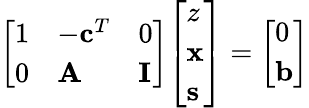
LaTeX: {\left[\begin{array}{lll}{1}&{-\mathbf{c}^{T}}&{0}\\ {0}&{\mathbf{A}}&{\mathbf{I}}\end{array}\right]}{\left[\begin{array}{l}{z}\\ {\mathbf{x}}\\ {\mathbf{s}}\end{array}\right]}={\left[\begin{array}{l}{0}\\ {\mathbf{b}}\end{array}\right]}